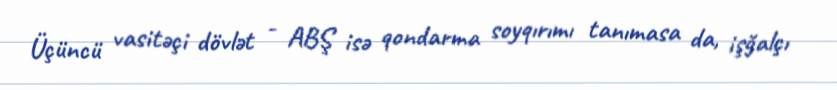
Üçüncü vasitəçi dövlət - ABŞ isə qondarma soyqırımı tanımasa da, işğalçı